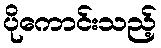
ပိုကောင်းသည့်